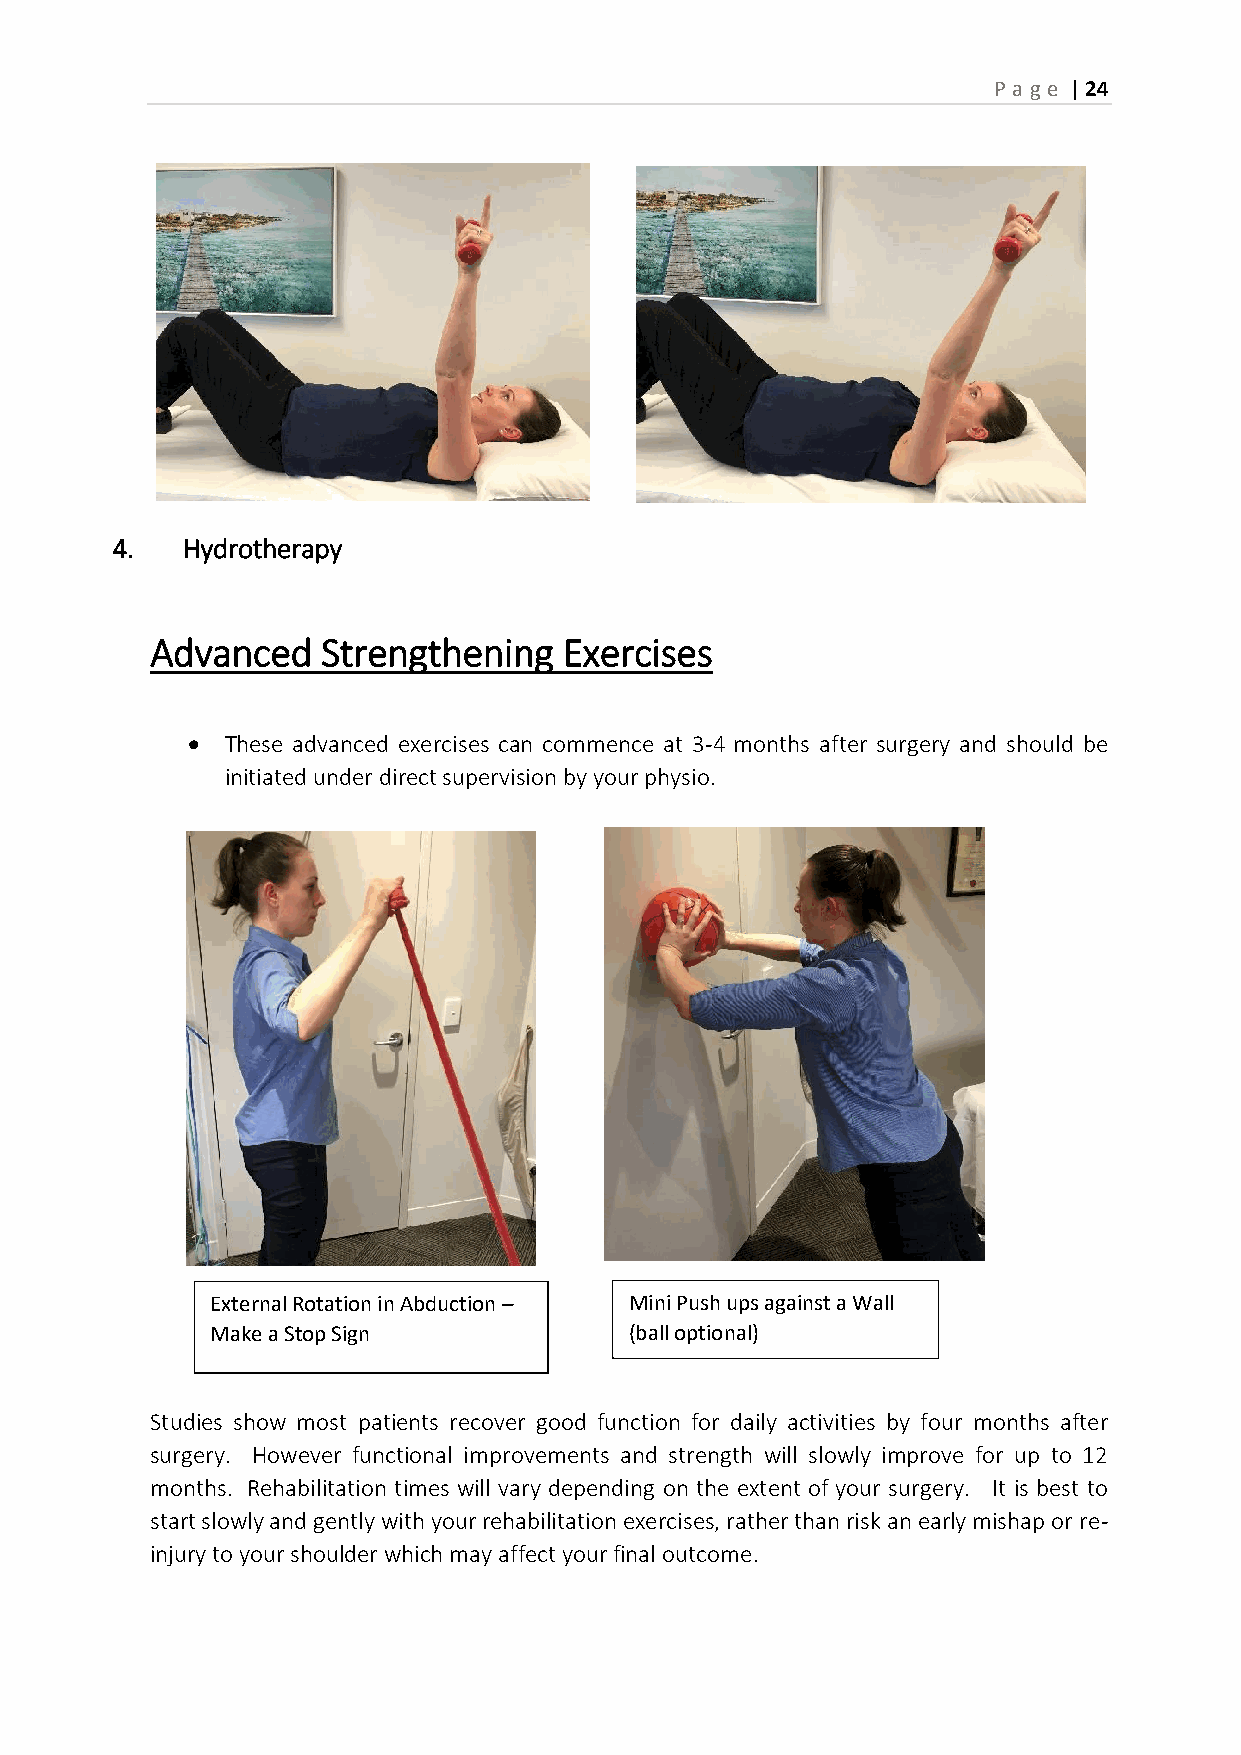
P age | 24
 4.   Hydrotherapy
 Advanced   Strengthening   Exercises
   These advanced exercises can commence at 3-4 months after surgery and should be
 initiated under direct supervision by your physio.
 External Rotation in Abduction – Mini Push ups against a Wall
 Make a Stop Sign            (ball optional)
 Studies show most patients recover good function for daily activities by four months after
 surgery. However functional improvements and strength will slowly improve for up to 12
 months. Rehabilitation times will vary depending on the extent of your surgery. It is best to
 start slowly and gently with your rehabilitation exercises, rather than risk an early mishap or re-
 injury to your shoulder which may affect your final outcome.